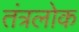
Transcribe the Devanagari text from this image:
तंत्रलोक